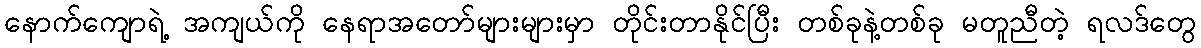
နောက်ကျောရဲ့ အကျယ်ကို နေရာအတော်များများမှာ တိုင်းတာနိုင်ပြီး တစ်ခုနဲ့တစ်ခု မတူညီတဲ့ ရလဒ်တွေ